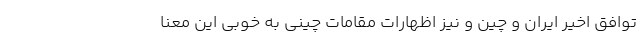
توافق اخیر ایران و چین و نیز اظهارات مقامات چینی به خوبی این معنا